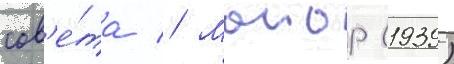
сов'е́та // Маиор (1939)